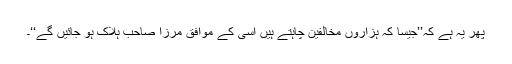
پھر یہ ہے کہ’’جیسا کہ ہزاروں مخالفین چاہتے ہیں اسی کے موافق مرزا صاحب ہلاک ہو جائیں گے‘‘۔